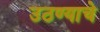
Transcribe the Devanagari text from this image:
उठण्याचे